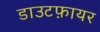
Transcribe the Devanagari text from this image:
डाउटफ़ायर